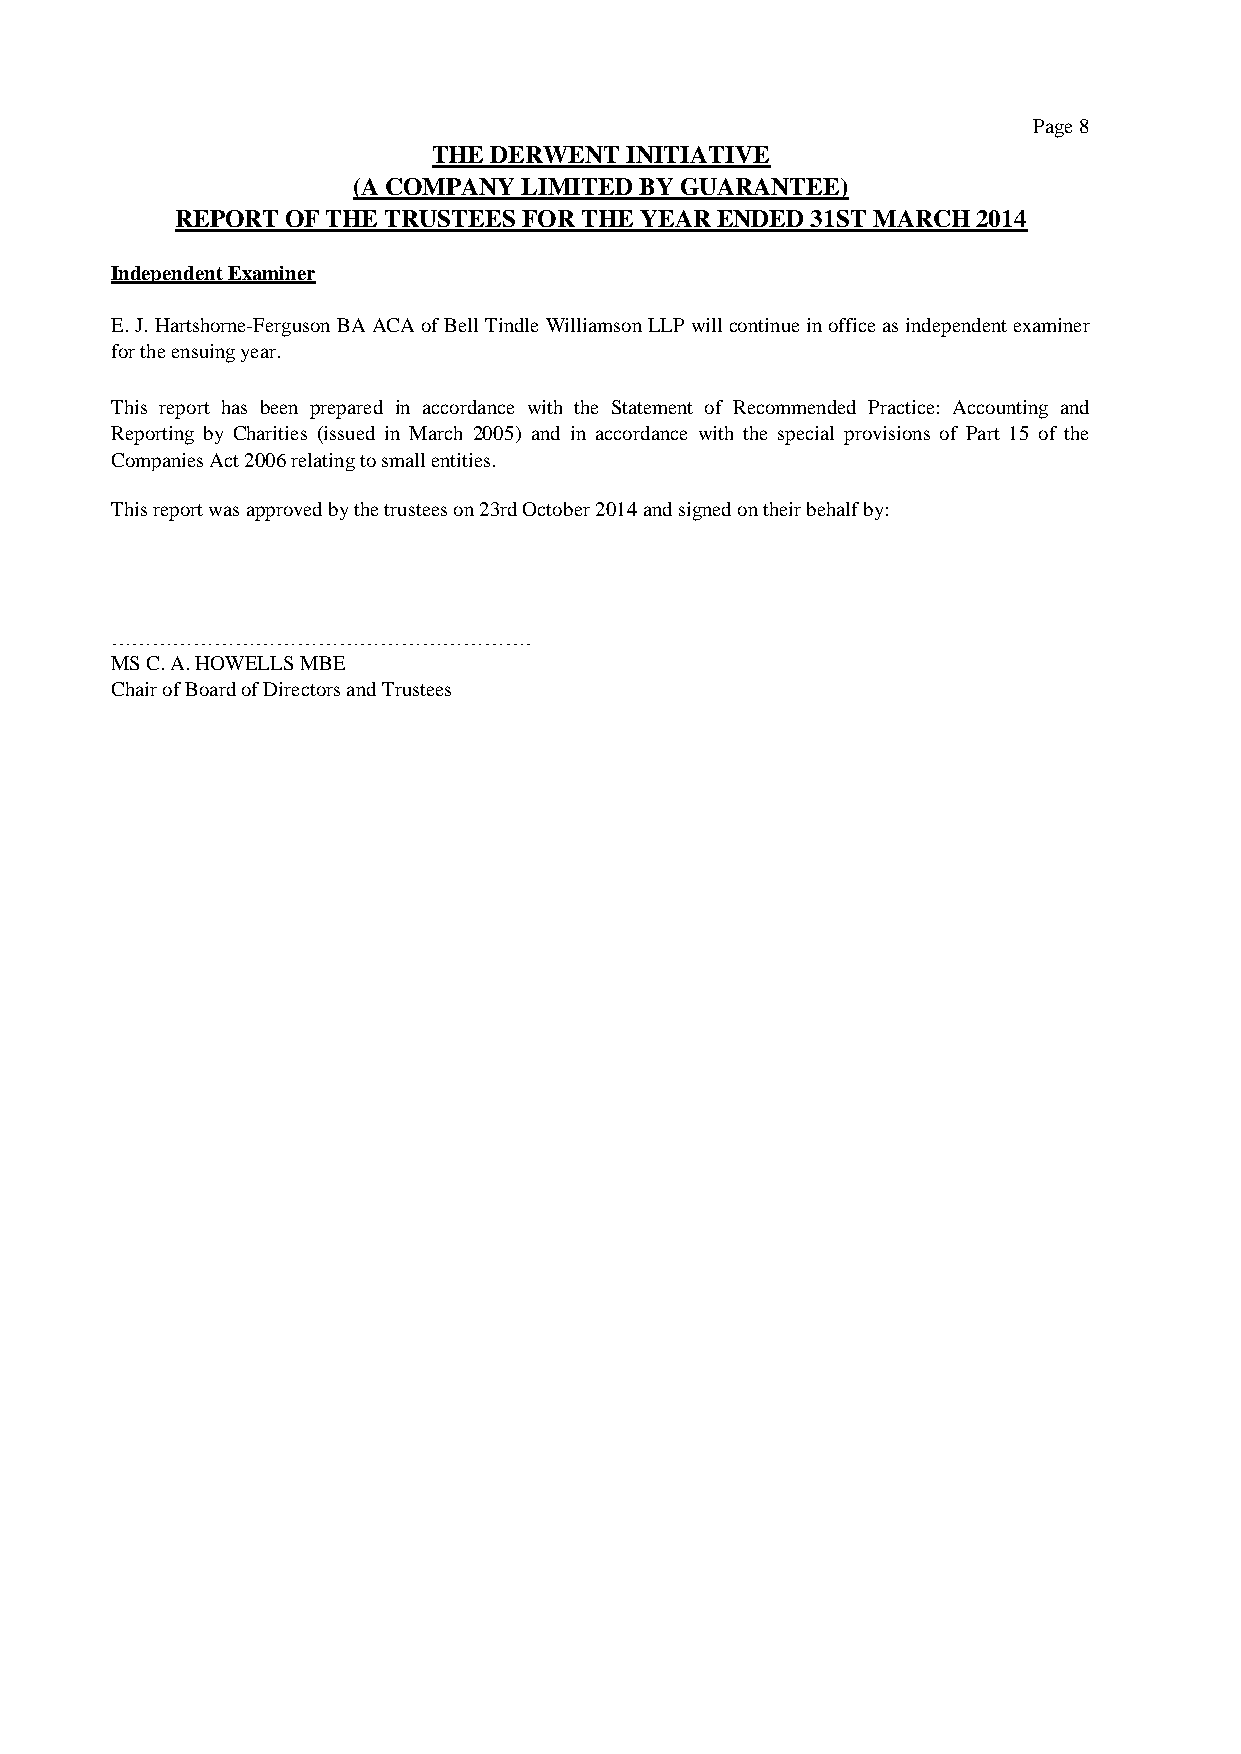
Page 8
 THE DERWENT INITIATIVE
 (A COMPANY  LIMITED BY GUARANTEE)
 REPORT OF THE TRUSTEES FOR THE YEAR ENDED 31ST MARCH 2014
 Independent Examiner
 E.J.Hartshorne-FergusonBAACAofBellTindleWilliamsonLLP willcontinueinofficeasindependentexaminer
 for the ensuing year.
 This report has been prepared in accordance with the Statement of Recommended Practice: Accounting and
 Reporting by Charities (issued in March 2005) and in accordance with the special provisions of Part 15 of the
 Companies Act 2006 relating to small entities.
 This report was approved by the trustees on 23rd October 2014 and signed on their behalf by:
 …………………………………………………….
 MS C. A. HOWELLS MBE
 Chair of Board of Directors and Trustees